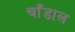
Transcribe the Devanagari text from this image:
चाँडाल